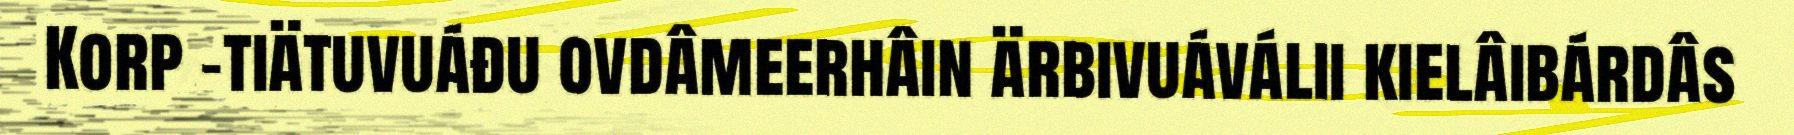
Korp -tiätuvuáđu ovdâmeerhâin ärbivuáválii kielâibárdâs